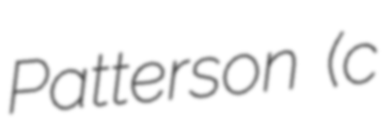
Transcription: Patterson (c